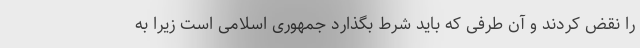
را نقض کردند و آن طرفی که باید شرط بگذارد جمهوری اسلامی است زیرا به